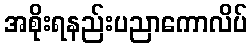
အစိုးရနည်းပညာကောလိပ်